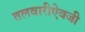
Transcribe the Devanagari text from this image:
तलवारीऐवजी